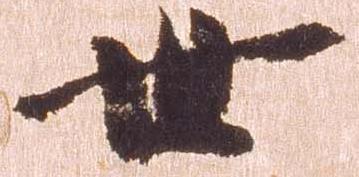
世